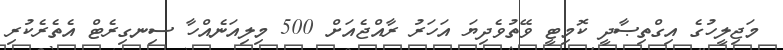
މަޖިލީހުގެ އިގްތިޞާދީ ކޮމިޓީ ވޭތުވެދިޔަ އަހަރު ރާއްޖެއަށް 500 މިލިއަނެއްހާ ސިނގިރެޓް އެތެރެކުރި